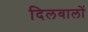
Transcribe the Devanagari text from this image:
दिलवालों